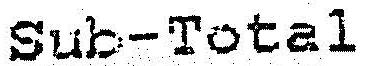
SUB-TOTAL